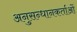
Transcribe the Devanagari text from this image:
अनुसन्धानकर्ताओं